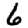
Digit: 6